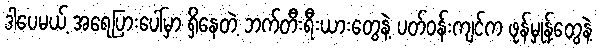
ဒါပေမယ့် အရေပြားပေါ်မှာ ရှိနေတဲ့ ဘက်တီးရီးယားတွေနဲ့ ပတ်ဝန်းကျင်က ဖုန်မှုန့်တွေနဲ့